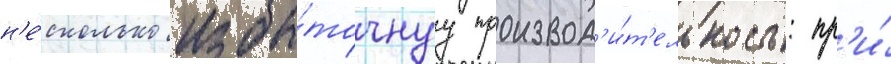
н'е́сколько избы́точнуу производ'и́т'ельность: пр'и́